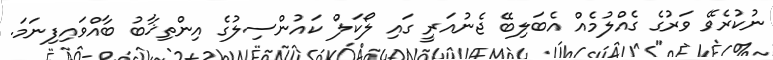
ނުކުރެވޭ ވަރުގެ ގެއްލުމެއް އެބަލިބޭ ޖެނުއަރީ ގައި ލޯކަލް ކައުންސިލުގެ އިންތިޚާބު ބާއްވައިފިނަމަ.